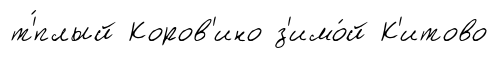
т'́плый Коров'ино з'имо́й К'итово